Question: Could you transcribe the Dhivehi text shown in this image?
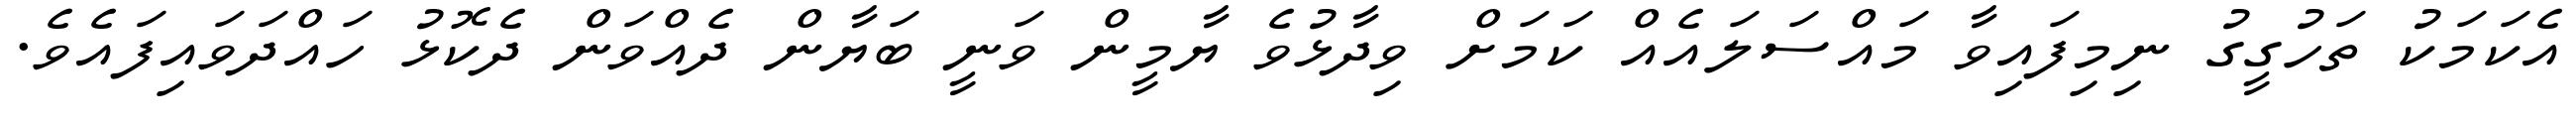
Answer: އެކަމަކު ތަހުގީގު ނިމިފައިވާ މައްސަލައެއް ކަމަށް ވިދާޅުވެ ޔާމީން ވަނީ ބަޔާން ދެއްވަން ދެކޮޅު ހައްދަވައިފައެވެ.